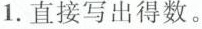
1.直接写出得数。